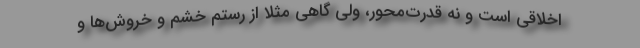
اخلاقی است و نه قدرت‌محور، ولی گاهی مثلاً از رستم خشم و خروش‌ها و